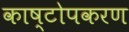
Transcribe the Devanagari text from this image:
काष्टोपकरण